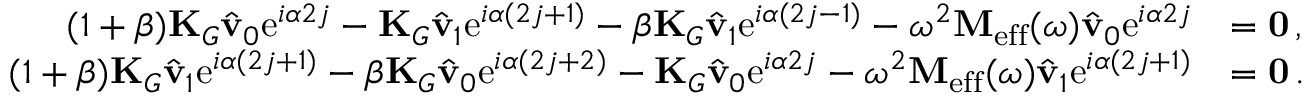
\begin{array} { r l } { ( 1 + \beta ) \mathbf { K } _ { G } \hat { \mathbf { v } } _ { 0 } \mathrm { e } ^ { i \alpha 2 j } - \mathbf { K } _ { G } \hat { \mathbf { v } } _ { 1 } \mathrm { e } ^ { i \alpha ( 2 j + 1 ) } - \beta \mathbf { K } _ { G } \hat { \mathbf { v } } _ { 1 } \mathrm { e } ^ { i \alpha ( 2 j - 1 ) } - \omega ^ { 2 } \mathbf { M } _ { \mathrm { e f f } } ( \omega ) \hat { \mathbf { v } } _ { 0 } \mathrm { e } ^ { i \alpha 2 j } } & { = \mathbf { 0 } \, , } \\ { ( 1 + \beta ) \mathbf { K } _ { G } \hat { \mathbf { v } } _ { 1 } \mathrm { e } ^ { i \alpha ( 2 j + 1 ) } - \beta \mathbf { K } _ { G } \hat { \mathbf { v } } _ { 0 } \mathrm { e } ^ { i \alpha ( 2 j + 2 ) } - \mathbf { K } _ { G } \hat { \mathbf { v } } _ { 0 } \mathrm { e } ^ { i \alpha 2 j } - \omega ^ { 2 } \mathbf { M } _ { \mathrm { e f f } } ( \omega ) \hat { \mathbf { v } } _ { 1 } \mathrm { e } ^ { i \alpha ( 2 j + 1 ) } } & { = \mathbf { 0 } \, . } \end{array}